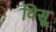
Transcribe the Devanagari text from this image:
विसू